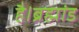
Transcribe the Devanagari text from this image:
है।ब्रह्मांड